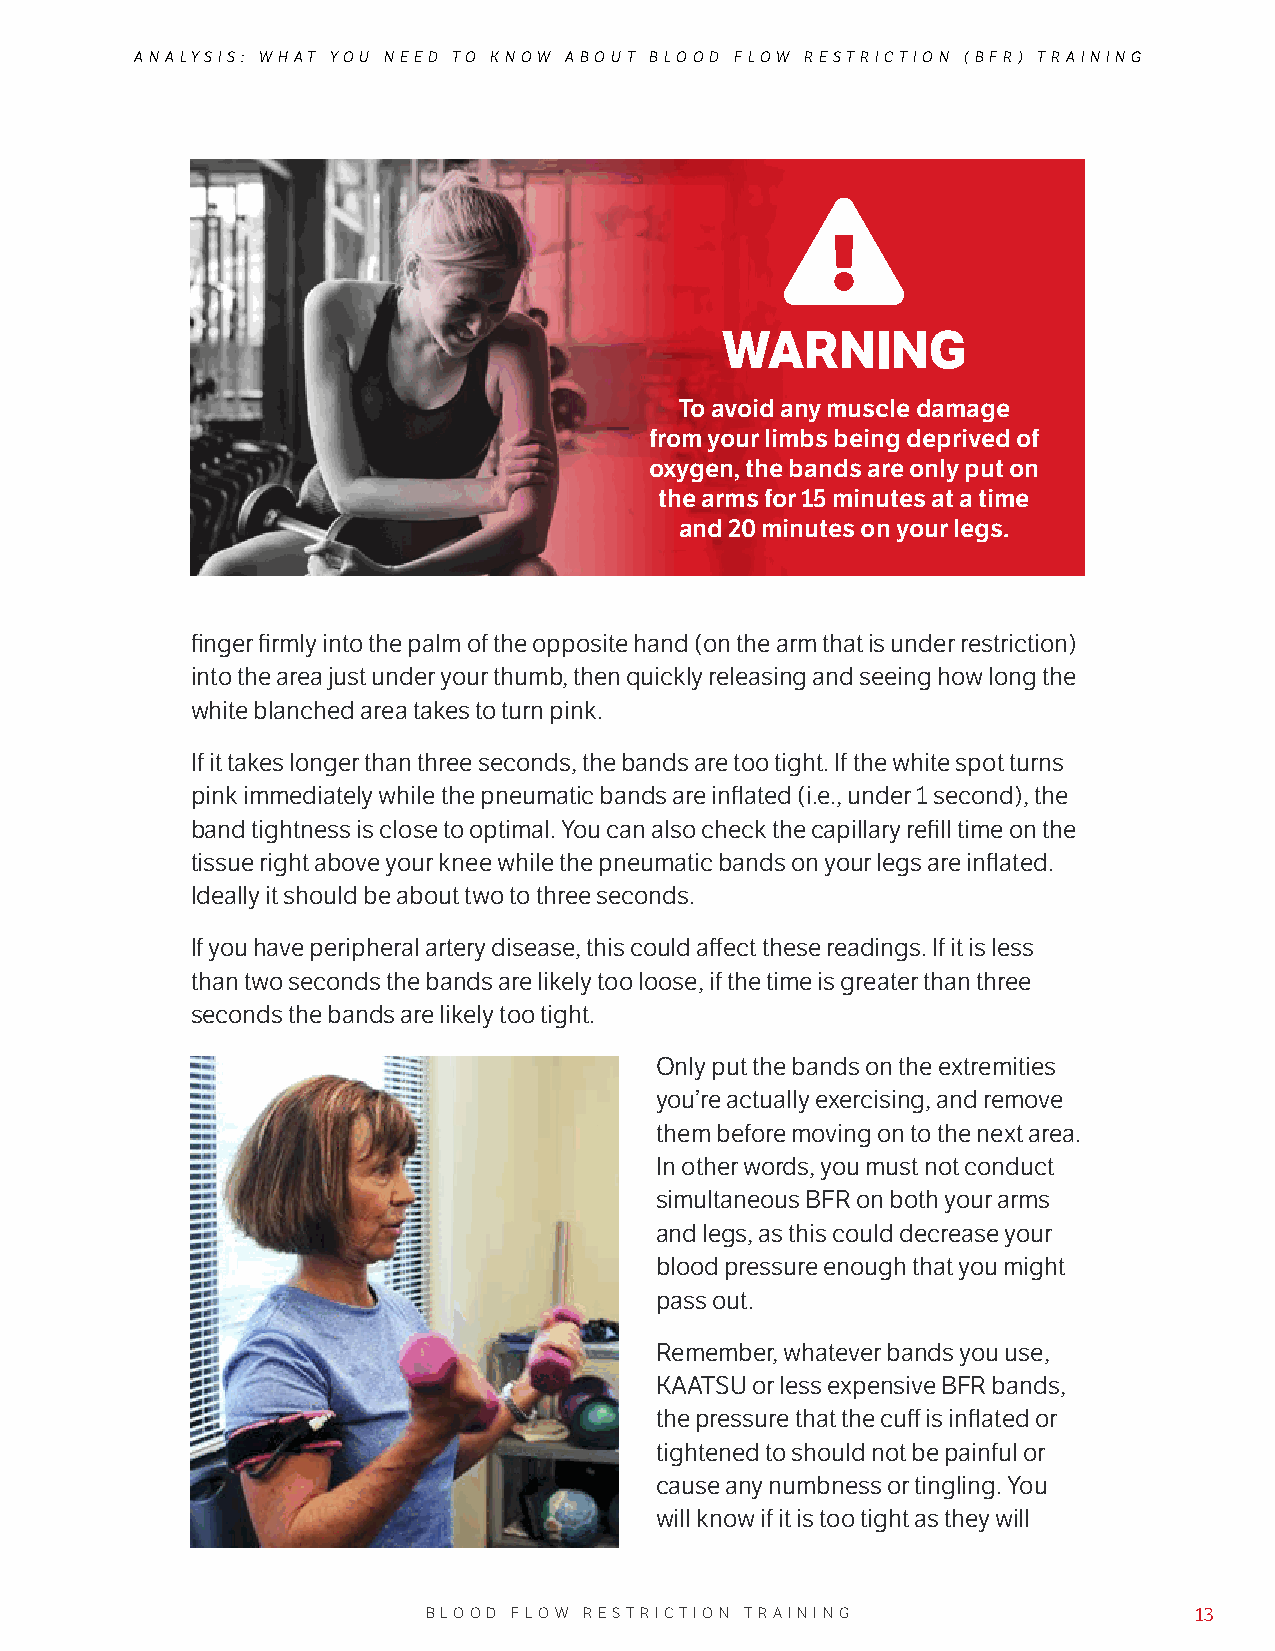
ANALYSIS: WHAT YOU NEED TO KNOW ABOUT BLOOD FLOW RESTRICTION (BFR) TRAINING
 WARNING
 To avoid any muscle damage
 from your limbs being deprived of
 oxygen, the bands are only put on
 the arms for 15 minutes at a time
 and 20 minutes on your legs.
 finger firmly into the palm of the opposite hand (on the arm that is under restriction)
 into the area just under your thumb, then quickly releasing and seeing how long the
 white blanched area takes to turn pink.
 If it takes longer than three seconds, the bands are too tight. If the white spot turns
 pink immediately while the pneumatic bands are inflated (i.e., under 1 second), the
 band tightness is close to optimal. You can also check the capillary refill time on the
 tissue right above your knee while the pneumatic bands on your legs are inflated.
 Ideally it should be about two to three seconds.
 If you have peripheral artery disease, this could affect these readings. If it is less
 than two seconds the bands are likely too loose, if the time is greater than three
 seconds the bands are likely too tight.
 Only put the bands on the extremities
 you’re actually exercising, and remove
 them before moving on to the next area.
 In other words, you must not conduct
 simultaneous BFR on both your arms
 and legs, as this could decrease your
 blood pressure enough that you might
 pass out.
 Remember, whatever bands you use,
 KAATSU or less expensive BFR bands,
 the pressure that the cuff is inflated or
 tightened to should not be painful or
 cause any numbness or tingling. You
 will know if it is too tight as they will
 BLOOD FLOW RESTRICTION TRAINING                    13